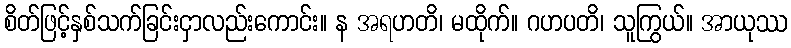
စိတ်ဖြင့်နှစ်သက်ခြင်းငှာလည်းကောင်း။ န အရဟတိ၊ မထိုက်။ ဂဟပတိ၊ သူကြွယ်။ အာယုဿ